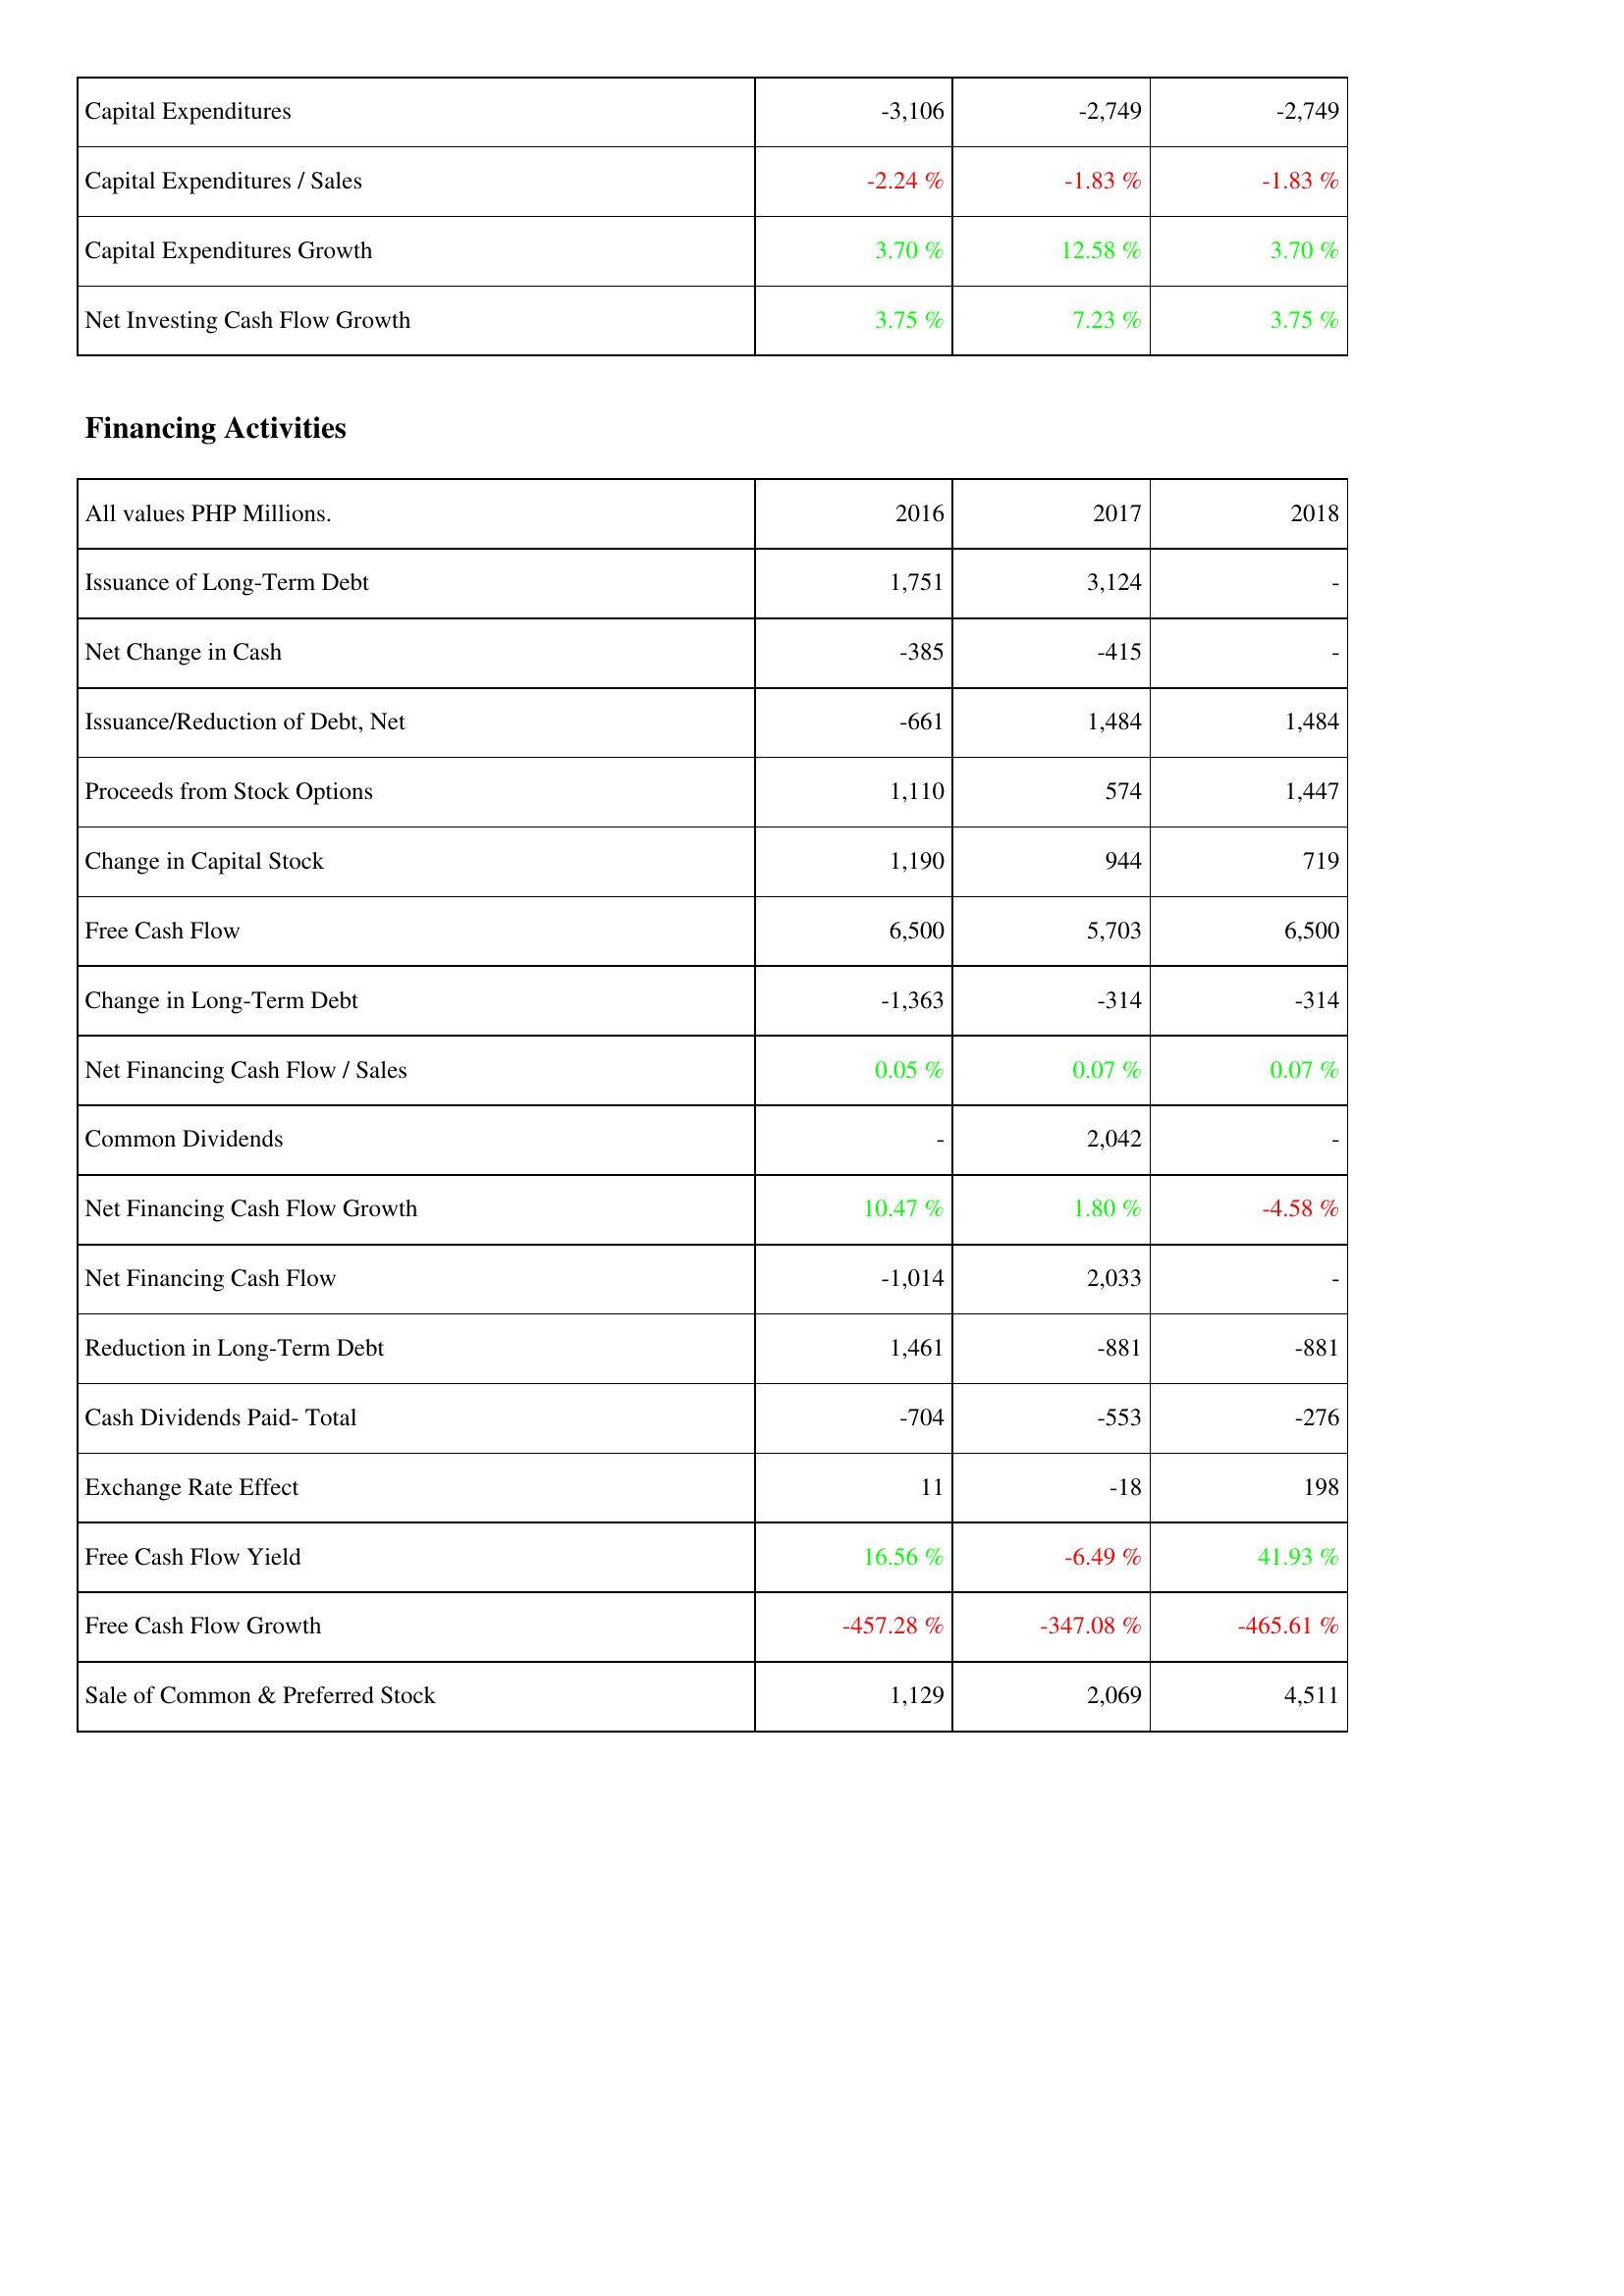
2016: Investing Activities: Capital Expenditures: -3,106
Capital Expenditures / Sales: -2.24 %
Capital Expenditures Growth: 3.70 %
Net Investing Cash Flow Growth: 3.75 %
Financing Activities: Issuance of Long-Term Debt: 1,751
Net Change in Cash: -385
Issuance/Reduction of Debt, Net: -661
Proceeds from Stock Options: 1,110
Change in Capital Stock: 1,190
Free Cash Flow: 6,500
Change in Long-Term Debt: -1,363
Net Financing Cash Flow / Sales: 0.05 %
Common Dividends: -
Net Financing Cash Flow Growth: 10.47 %
Net Financing Cash Flow: -1,014
Reduction in Long-Term Debt: 1,461
Cash Dividends Paid- Total: -704
Exchange Rate Effect: 11
Free Cash Flow Yield: 16.56 %
Free Cash Flow Growth: -457.28 %
Sale of Common & Preferred Stock: 1,129
2017: Investing Activities: Capital Expenditures: -2,749
Capital Expenditures / Sales: -1.83 %
Capital Expenditures Growth: 12.58 %
Net Investing Cash Flow Growth: 7.23 %
Financing Activities: Issuance of Long-Term Debt: 3,124
Net Change in Cash: -415
Issuance/Reduction of Debt, Net: 1,484
Proceeds from Stock Options: 574
Change in Capital Stock: 944
Free Cash Flow: 5,703
Change in Long-Term Debt: -314
Net Financing Cash Flow / Sales: 0.07 %
Common Dividends: 2,042
Net Financing Cash Flow Growth: 1.80 %
Net Financing Cash Flow: 2,033
Reduction in Long-Term Debt: -881
Cash Dividends Paid- Total: -553
Exchange Rate Effect: -18
Free Cash Flow Yield: -6.49 %
Free Cash Flow Growth: -347.08 %
Sale of Common & Preferred Stock: 2,069
2018: Investing Activities: Capital Expenditures: -2,749
Capital Expenditures / Sales: -1.83 %
Capital Expenditures Growth: 3.70 %
Net Investing Cash Flow Growth: 3.75 %
Financing Activities: Issuance of Long-Term Debt: -
Net Change in Cash: -
Issuance/Reduction of Debt, Net: 1,484
Proceeds from Stock Options: 1,447
Change in Capital Stock: 719
Free Cash Flow: 6,500
Change in Long-Term Debt: -314
Net Financing Cash Flow / Sales: 0.07 %
Common Dividends: -
Net Financing Cash Flow Growth: -4.58 %
Net Financing Cash Flow: -
Reduction in Long-Term Debt: -881
Cash Dividends Paid- Total: -276
Exchange Rate Effect: 198
Free Cash Flow Yield: 41.93 %
Free Cash Flow Growth: -465.61 %
Sale of Common & Preferred Stock: 4,511